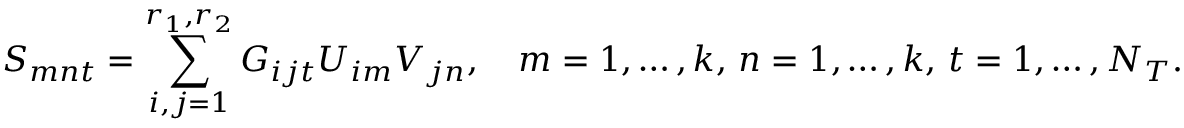
S _ { m n t } = \sum _ { i , j = 1 } ^ { r _ { 1 } , r _ { 2 } } G _ { i j t } U _ { i m } V _ { j n } , \quad m = 1 , \ldots , k , \, n = 1 , \ldots , k , \, t = 1 , \ldots , N _ { T } .